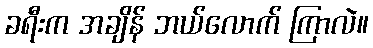
ခရီးက အချိန် ဘယ်လောက် ကြာလဲ။